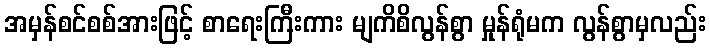
အမှန်စင်စစ်အားဖြင့် စာရေးကြီးကား မျကိစိလွန်စွာ မှုန်ရုံမက လွန်စွာမှလည်း